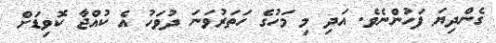
ގެންދިޔަ ފަހުންނެވެ. އަދި މި މަހުގެ ހަތަރުވަނަ ދުވަހު އެ ކުއްޖާ ކޮވިޑަށް